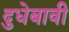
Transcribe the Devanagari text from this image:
दुधेबावी